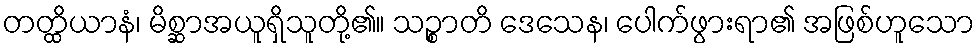
တတ္ထိယာနံ၊ မိစ္ဆာအယူရှိသူတို့၏။ သဉ္စာတိ ဒေသေန၊ ပေါက်ဖွားရာ၏ အဖြစ်ဟူသော